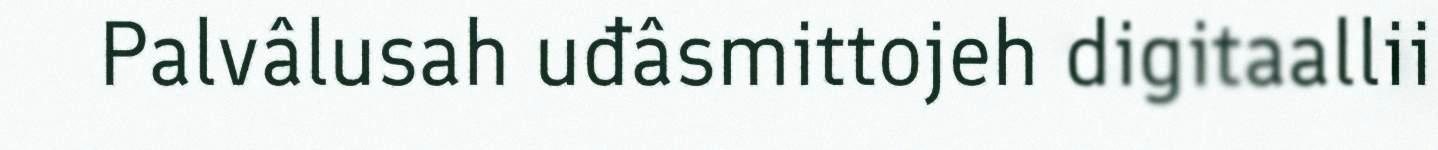
Palvâlusah uđâsmittojeh digitaallii